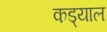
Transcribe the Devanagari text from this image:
कड्याल